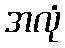
အလုံ